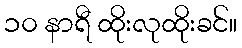
၁၀ နာရီ ထိုးလုထိုးခင်။